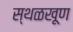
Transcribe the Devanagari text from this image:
स्थळखूण